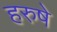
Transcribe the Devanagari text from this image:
हरुषे